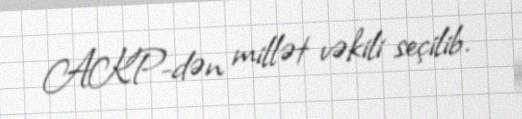
AKP-dən millət vəkili seçilib.